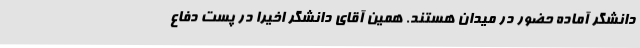
دانشگر آماده حضور در میدان هستند. همین آقای دانشگر اخیرا در پست دفاع